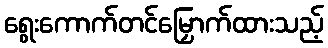
ရွေးကောက်တင်မြှောက်ထားသည့်